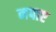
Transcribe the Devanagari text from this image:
नपाए